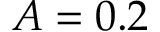
A = 0 . 2